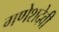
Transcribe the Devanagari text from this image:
गणेशदेवी